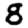
Digit: 8